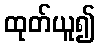
ထုတ်ယူ၍